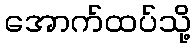
အောက်ထပ်သို့